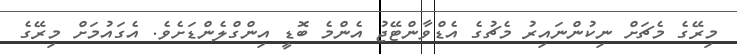
މިރޭގެ މެޗަށް ނިކުންނައިރު މެޗުގެ އެޑްވާންޓޭޖު އެންމެ ބޮޑީ އިންގްލެންޑަށެވެ. އެގައުމަށް މިރޭގެ